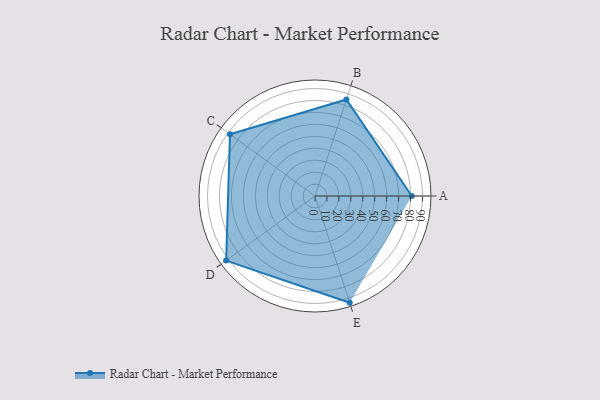
{"axis": {"x": "Skill", "y": "Score"}, "legend": ["Profile"], "data": [{"x": "A", "y": 81.0, "type": "Profile"}, {"x": "B", "y": 85.0, "type": "Profile"}, {"x": "C", "y": 88.0, "type": "Profile"}, {"x": "D", "y": 92.0, "type": "Profile"}, {"x": "E", "y": 94.0, "type": "Profile"}]}